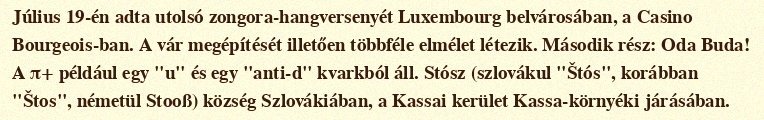
Július 19-én adta utolsó zongora-hangversenyét Luxembourg belvárosában, a Casino Bourgeois-ban. A vár megépítését illetően többféle elmélet létezik. Második rész: Oda Buda! A π+ például egy "u" és egy "anti-d" kvarkból áll. Stósz (szlovákul "Štós", korábban "Štos", németül Stooß) község Szlovákiában, a Kassai kerület Kassa-környéki járásában.